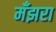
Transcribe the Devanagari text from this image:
मँझरा